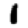
Digit: 1